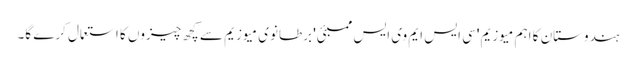
ہندوستان کا اہم میوزیم 'سی ایس ایم وی ایس ممبئی' برطانوی میوزیم سے کچھ چیزوں کا استعمال کرے گا۔